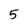
Character: 5